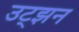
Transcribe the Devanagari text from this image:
उट्झन